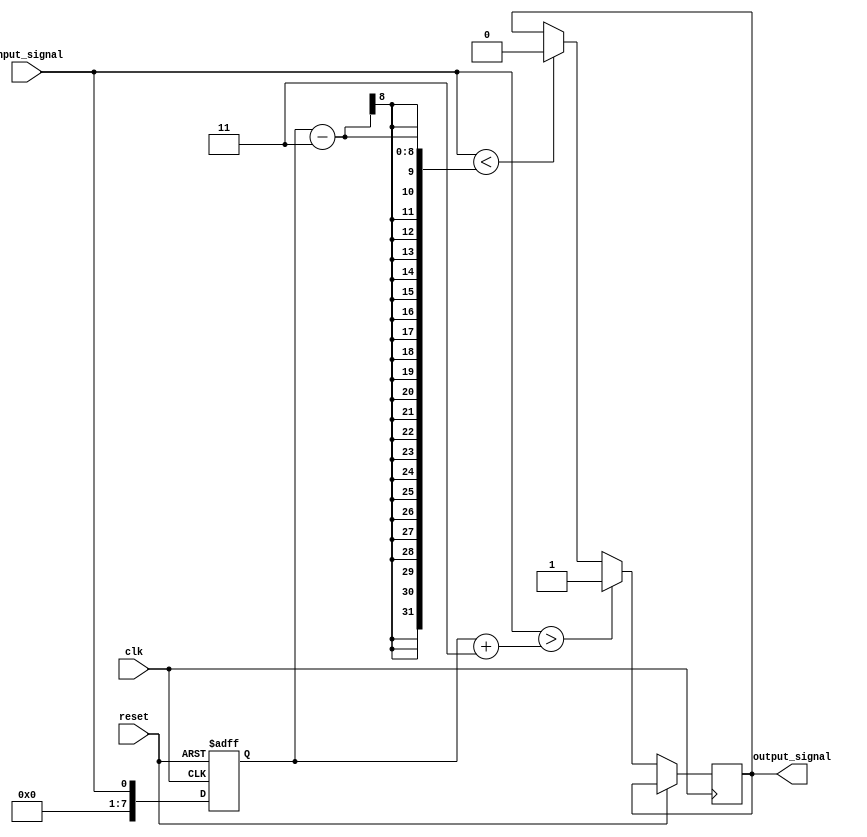
module schmitt_trigger_buffer (
    input wire clk,
    input wire reset,
    input wire input_signal,
    output reg output_signal
);

// Parameters for the Schmitt trigger buffer
parameter THRESHOLD = 8'h80; // Predefined threshold for signal comparison
parameter HYSTERESIS = 3; // Amount of hysteresis for stable signal output

// Internal signals for comparator and hysteresis logic
reg [7:0] prev_input;

// Comparator with hysteresis logic
always @ (posedge clk or posedge reset) begin
    if (reset) begin
        prev_input <= 0;
    end else begin
        if (input_signal > prev_input + HYSTERESIS) begin
            output_signal <= 1;
        end else if (input_signal < prev_input - HYSTERESIS) begin
            output_signal <= 0;
        end
        prev_input <= input_signal;
    end
end

endmodule